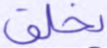
يخلق